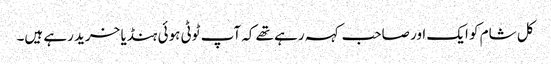
کل شام کو ایک اور صاحب کہہ رہے تھے کہ آپ ٹوٹی ہوئی ہنڈیا خرید رہے ہیں۔